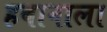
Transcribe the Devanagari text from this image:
हबानाला